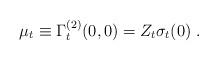
LaTeX: \begin{align*}\mu_t \equiv \Gamma^{(2)}_t ( 0 , 0) = Z_t \sigma_t ( 0) \; .\end{align*}